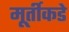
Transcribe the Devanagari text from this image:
मूर्तीकडे